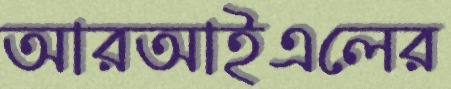
আরআইএলের